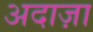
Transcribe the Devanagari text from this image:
अदाज़ा